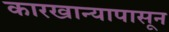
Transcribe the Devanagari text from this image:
कारखान्यापासून